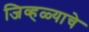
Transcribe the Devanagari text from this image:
जिव्हळ्याचे